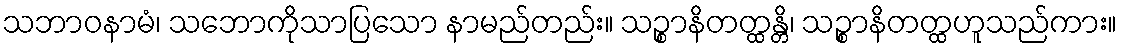
သဘာဝနာမံ၊ သဘောကိုသာပြသော နာမည်တည်း။ သဉ္စာနိတတ္ထန္တိ၊ သဉ္စာနိတတ္ထဟူသည်ကား။